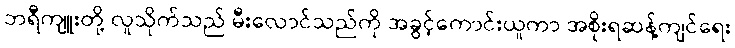
ဘရီကျူးတို့ လူသိုက်သည် မီးလောင်သည်ကို အခွင့်ကောင်းယူကာ အစိုးရဆန့်ကျင်ရေး